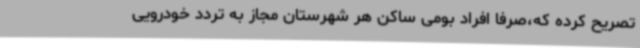
تصریح کرده که،صرفا افراد بومی ساکن هر شهرستان مجاز به تردد خودرویی